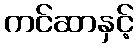
ကင်ဆာနှင့်